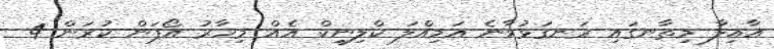
އާއިލާ މިތާނގައި ރަނގަޅުވާނެ އަމިއްލަ ކްލިނިކް އެއް މިހާރު އޯޕަން ކުރަން 4